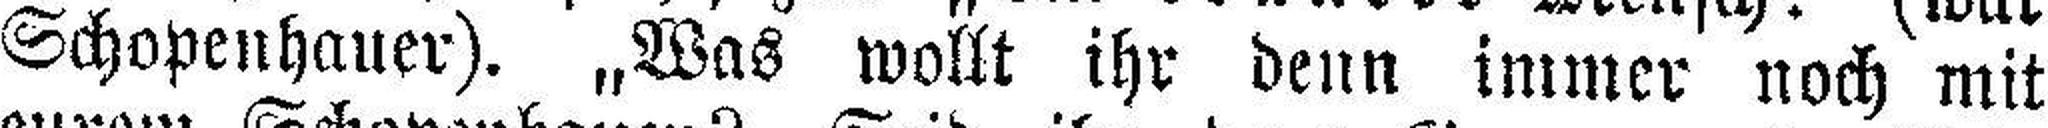
Schopenhauer). „Was wollt ihr denn immer noch mit